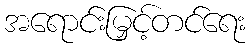
အရောင်းမြှင့်တင်ရေး